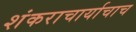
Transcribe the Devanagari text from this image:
शंकराचार्याचाच